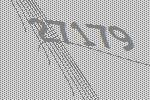
27179